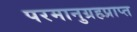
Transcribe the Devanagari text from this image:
परमानुग्रहप्राप्त